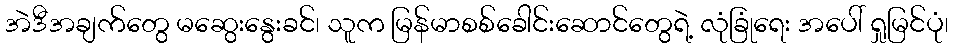
အဲဒီအချက်တွေ မဆွေးနွေးခင်၊ သူက မြန်မာစစ်ခေါင်းဆောင်တွေရဲ့ လုံခြုံရေး အပေါ် ရှုမြင်ပုံ၊